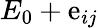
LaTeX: E_{0}+\mathrm{e}_{ij}